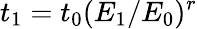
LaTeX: t_{1}=t_{0}(E_{1}/E_{0})^{r}